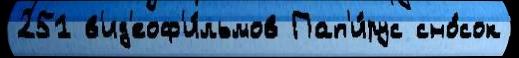
251 в'ид'еоф'и́льмов Пап'и́рус сно́сок